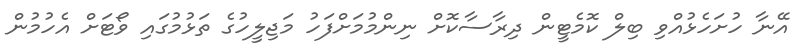
އޭނާ ހުށަހެޅުއްވި ބިލް ކޮމެޓީން ދިރާސާކޮށް ނިންމުމަށްފަހު މަޖިލީހުގެ ތަޅުމުގައި ވޯޓަށް އެހުމުން